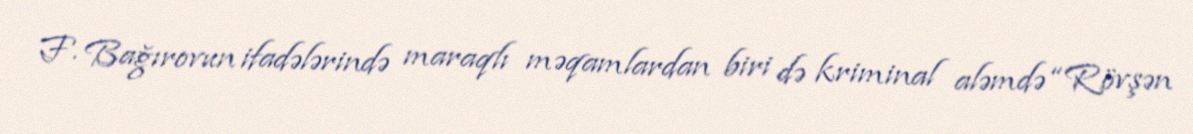
F. Bağırovun ifadələrində maraqlı məqamlardan biri də kriminal aləmdə “Rövşən